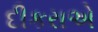
દીકરાએ